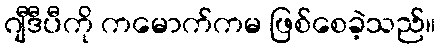
ဂျီဒီပီကို ကမောက်ကမ ဖြစ်စေခဲ့သည်။